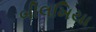
બીલખિયા